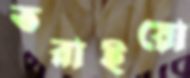
তরাইয়ো